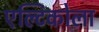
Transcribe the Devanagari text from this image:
एल्टिकोला